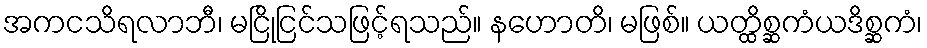
အကငသိရလာဘီ၊ မငြိုငြင်သဖြင့်ရသည်။ နဟောတိ၊ မဖြစ်။ ယတ္ထိစ္ဆကံယဒိစ္ဆကံ၊